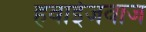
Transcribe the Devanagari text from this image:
हवाईजवाज